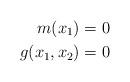
LaTeX: \begin{align*}m(x_1)&=0 \\ g(x_1, x_2) &=0 \end{align*}